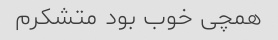
همچی خوب بود متشکرم